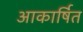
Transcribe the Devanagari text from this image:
आकार्षित